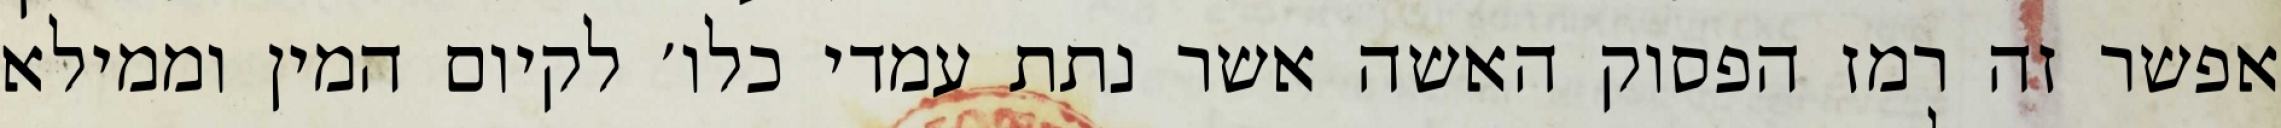
אפשר זה רמז הפסוק האשה אשר נתת עמדי כלו׳ לקיום המין וממילא